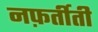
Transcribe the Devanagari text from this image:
नफ़र्तीती